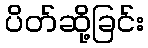
ပိတ်ဆို့ခြင်း